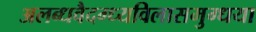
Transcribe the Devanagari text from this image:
अलब्धवैदग्ध्यविलासमुग्धया